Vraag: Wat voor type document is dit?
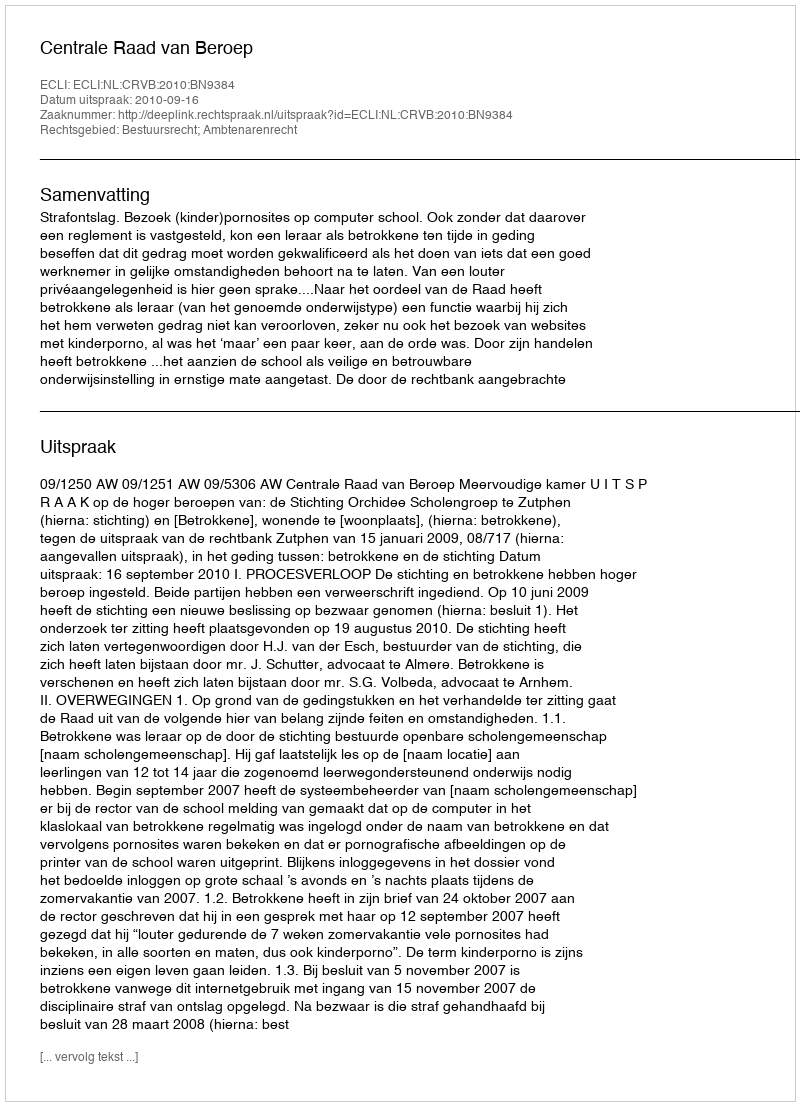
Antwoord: Uitspraak